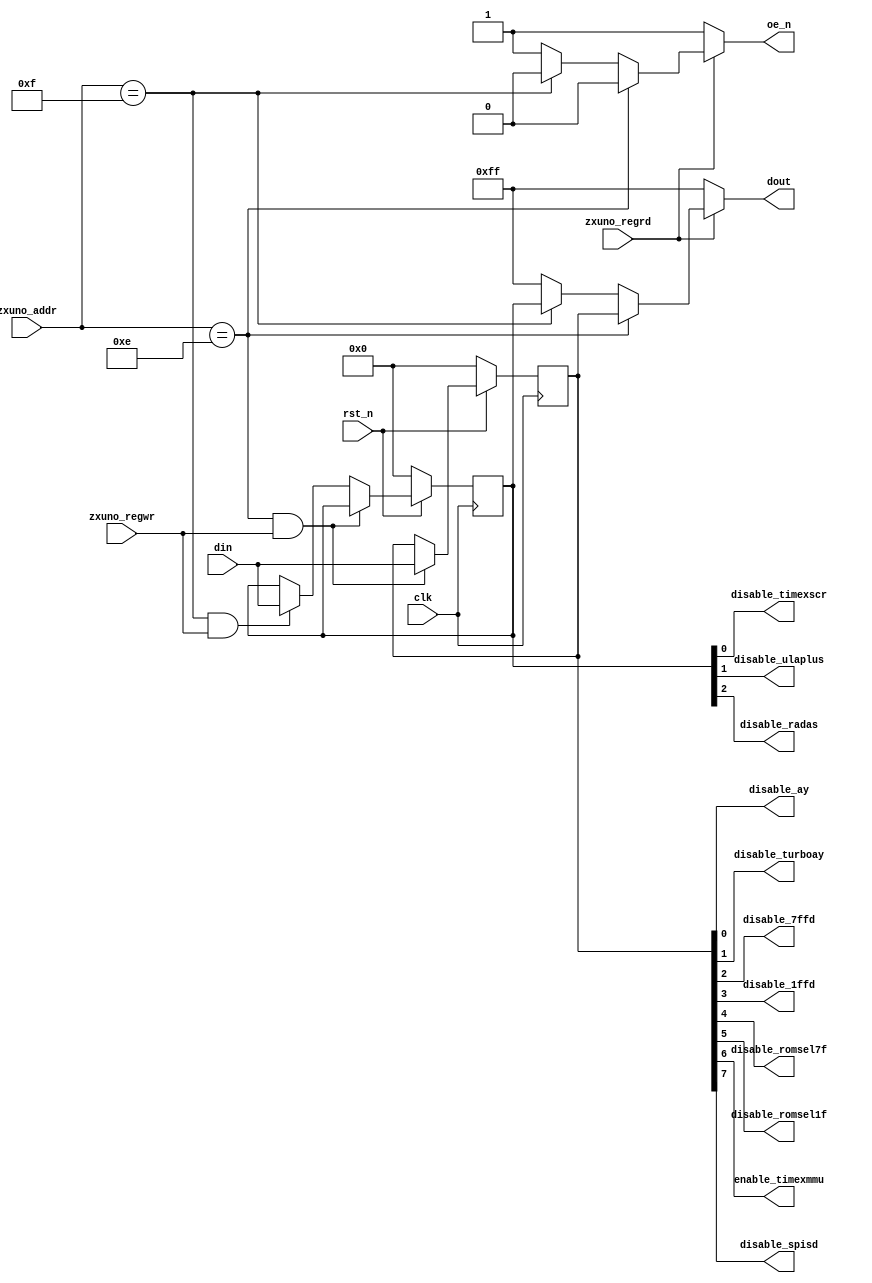
module control_enable_options(
    input wire clk,
    input wire rst_n,
    input wire [7:0] zxuno_addr,
    input wire zxuno_regrd,
    input wire zxuno_regwr,
    input wire [7:0] din,
    output reg [7:0] dout,
    output reg oe_n,
    output wire disable_ay,
    output wire disable_turboay,
    output wire disable_7ffd,
    output wire disable_1ffd,
    output wire disable_romsel7f,
    output wire disable_romsel1f,
    output wire enable_timexmmu,
    output wire disable_spisd,
    output wire disable_timexscr,
    output wire disable_ulaplus,
    output wire disable_radas
    );
    parameter DEVOPTIONS = 8'h0E;
    parameter DEVOPTS2   = 8'h0F;
    reg [7:0] devoptions = 8'h00;  
    reg [7:0] devopts2 = 8'h00;    
    assign disable_ay = devoptions[0];
    assign disable_turboay = devoptions[1];
    assign disable_7ffd = devoptions[2];
    assign disable_1ffd = devoptions[3];
    assign disable_romsel7f = devoptions[4];
    assign disable_romsel1f = devoptions[5];
    assign enable_timexmmu = devoptions[6];
    assign disable_spisd = devoptions[7];
    assign disable_timexscr = devopts2[0];
    assign disable_ulaplus = devopts2[1];
    assign disable_radas = devopts2[2];
    always @(posedge clk) begin
        if (rst_n == 1'b0) begin
            devoptions <= 8'h00;  
            devopts2 <= 8'h00;
        end
        else if (zxuno_addr == DEVOPTIONS && zxuno_regwr == 1'b1)
            devoptions <= din;
        else if (zxuno_addr == DEVOPTS2 && zxuno_regwr == 1'b1)
            devopts2 <= din;
    end
    always @* begin
        oe_n = 1'b1;
        dout = 8'hFF;
        if (zxuno_regrd == 1'b1)            
            if (zxuno_addr == DEVOPTIONS) begin
                oe_n = 1'b0;
                dout = devoptions;
            end
            else if (zxuno_addr == DEVOPTS2) begin
                oe_n = 1'b0;
                dout = devopts2;
            end
        end
endmodule